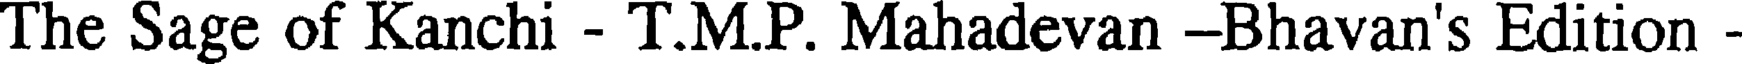
The Sage of Kanchi - T.M.P. Mahadevan -Bhavan's Edition -